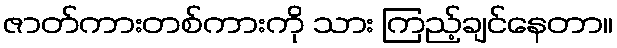
ဇာတ်ကားတစ်ကားကို သား ကြည့်ချင်နေတာ။